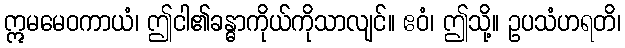
ဣမမေဝကာယံ၊ ဤငါ၏ခန္ဓာကိုယ်ကိုသာလျင်။ ဧဝံ၊ ဤသို့။ ဥပသံဟရတိ၊